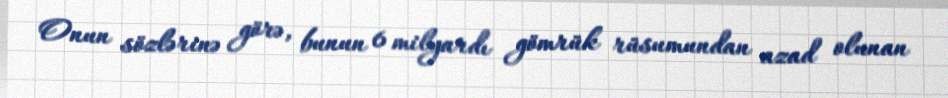
Onun sözlərinə görə, bunun 6 milyardı gömrük rüsumundan azad olunan